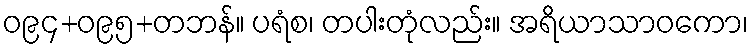
ဝ၉၄+ဝ၉၅+တဘန်။ ပရံစ၊ တပါးတုံလည်း။ အရိယာသာဝကော၊